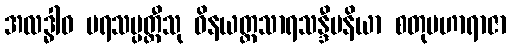
အလဒ္ဓါဝ ပရသမ္ပတ္တီသု ဝိနယတ္ထသာရသန္ဒီပနိယာ စတုမဟာရာဇာ